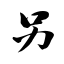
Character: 另